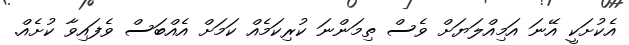
އެކުށަކީ އޭނަ އަމިއްލަޔަށް ވެސް ތިމަންނަ ކުރިކަމެއް ކަމަށް އެއްބަސް ވެފައިވާ ކުށެއް.